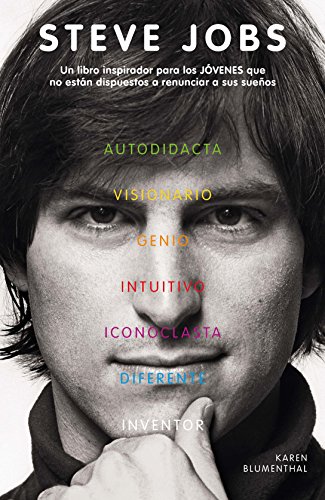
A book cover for Steve Jobs: Un libro inspirador para los jÃ³venes que no estÃ¡n dispuestos a renunciar a sus sueÃ±os (Spanish Edition); Karen Blumenthal; Teen & Young Adult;